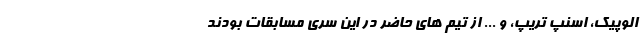
الوپیک، اسنپ تریپ، و ... از تیم های حاضر در این سری مسابقات بودند